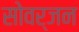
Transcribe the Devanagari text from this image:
सोवर्जन